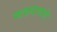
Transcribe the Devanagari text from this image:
मलायावाले